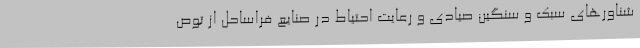
شناورهای سبک و سنگین صیادی و رعایت احتیاط در صنایع فراساحل از توص